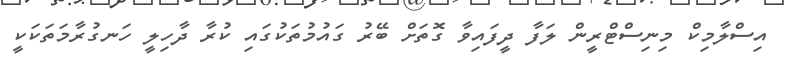
އިސްލާމިކް މިނިސްޓްރީން ލަފާ ދީފައިވާ ގޮތަށް ބޭރު ގައުމުތަކުގައި ކުރާ ދާހިލީ ހަނގުރާމަތަކަކީ